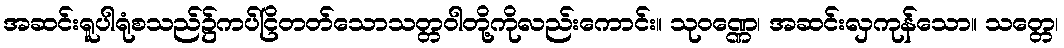
အဆင်းရူပါရုံစသည်၌ကပ်ငြိတတ်သောသတ္တဝါတို့ကိုလည်းကောင်း။ သုဝဏ္ဏေ၊ အဆင်းလှကုန်သော။ သတ္တေ၊